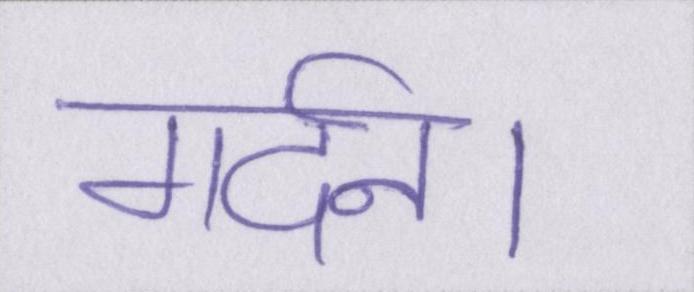
गर्दन।